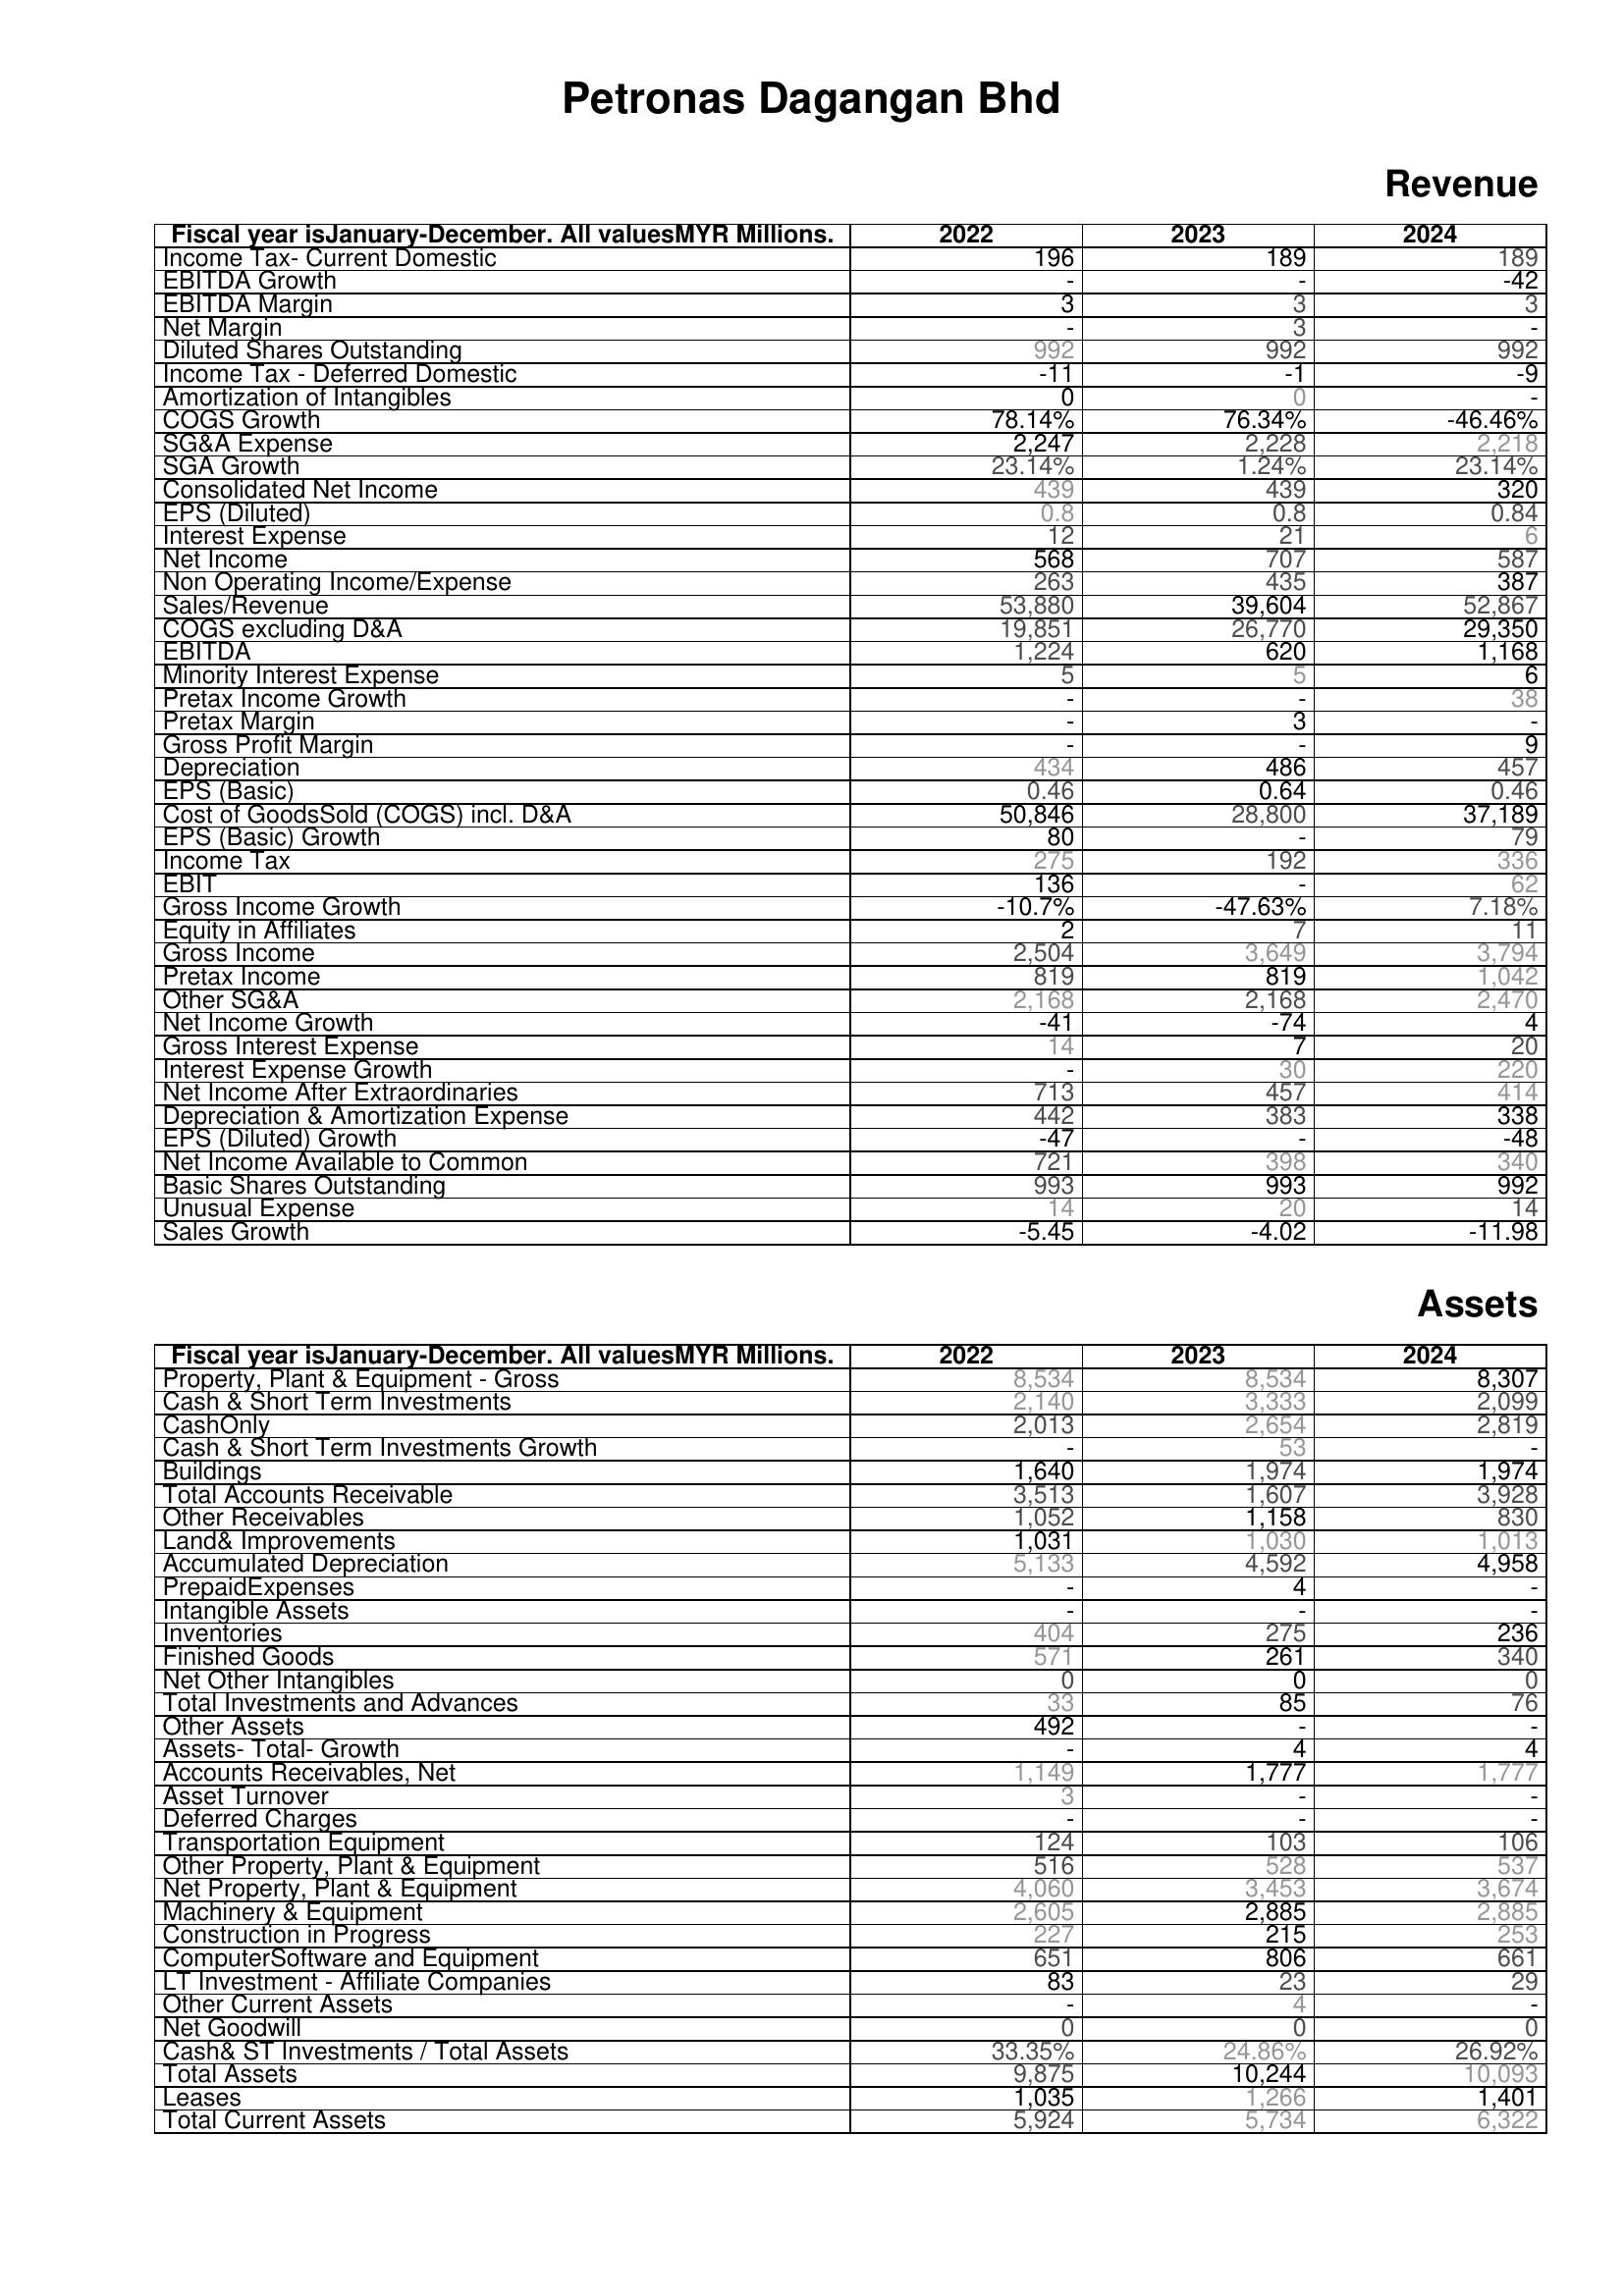
2022: Revenue: Income Tax- Current Domestic: 196
EBITDA Growth: -
EBITDA Margin: 3
Net Margin: -
Diluted Shares Outstanding: 992
Income Tax - Deferred Domestic: -11
Amortization of Intangibles: 0
COGS Growth: 78.14%
SG&A Expense: 2,247
SGA Growth: 23.14%
Consolidated Net Income: 439
EPS (Diluted): 0.8
Interest Expense: 12
Net Income: 568
Non Operating Income/Expense: 263
Sales/Revenue: 53,880
COGS excluding D&A: 19,851
EBITDA: 1,224
Minority Interest Expense: 5
Pretax Income Growth: -
Pretax Margin: -
Gross Profit Margin: -
Depreciation: 434
EPS (Basic): 0.46
Cost of GoodsSold (COGS) incl. D&A: 50,846
EPS (Basic) Growth: 80
Income Tax: 275
EBIT: 136
Gross Income Growth: -10.7%
Equity in Affiliates: 2
Gross Income: 2,504
Pretax Income: 819
Other SG&A: 2,168
Net Income Growth: -41
Gross Interest Expense: 14
Interest Expense Growth: -
Net Income After Extraordinaries: 713
Depreciation & Amortization Expense: 442
EPS (Diluted) Growth: -47
Net Income Available to Common: 721
Basic Shares Outstanding: 993
Unusual Expense: 14
Sales Growth: -5.45
Assets: Property, Plant & Equipment - Gross : 8,534
Cash & Short Term Investments: 2,140
CashOnly: 2,013
Cash & Short Term Investments Growth: -
Buildings: 1,640
Total Accounts Receivable: 3,513
Other Receivables: 1,052
Land& Improvements: 1,031
Accumulated Depreciation: 5,133
PrepaidExpenses: -
Intangible Assets: -
Inventories: 404
Finished Goods: 571
Net Other Intangibles: 0
Total Investments and Advances: 33
Other Assets: 492
Assets- Total- Growth: -
Accounts Receivables, Net: 1,149
Asset Turnover: 3
Deferred Charges: -
Transportation Equipment: 124
Other Property, Plant & Equipment: 516
Net Property, Plant & Equipment: 4,060
Machinery & Equipment: 2,605
Construction in Progress: 227
ComputerSoftware and Equipment: 651
LT Investment - Affiliate Companies: 83
Other Current Assets: -
Net Goodwill: 0
Cash& ST Investments / Total Assets: 33.35%
Total Assets: 9,875
Leases: 1,035
Total Current Assets: 5,924
2023: Revenue: Income Tax- Current Domestic: 189
EBITDA Growth: -
EBITDA Margin: 3
Net Margin: 3
Diluted Shares Outstanding: 992
Income Tax - Deferred Domestic: -1
Amortization of Intangibles: 0
COGS Growth: 76.34%
SG&A Expense: 2,228
SGA Growth: 1.24%
Consolidated Net Income: 439
EPS (Diluted): 0.8
Interest Expense: 21
Net Income: 707
Non Operating Income/Expense: 435
Sales/Revenue: 39,604
COGS excluding D&A: 26,770
EBITDA: 620
Minority Interest Expense: 5
Pretax Income Growth: -
Pretax Margin: 3
Gross Profit Margin: -
Depreciation: 486
EPS (Basic): 0.64
Cost of GoodsSold (COGS) incl. D&A: 28,800
EPS (Basic) Growth: -
Income Tax: 192
EBIT: -
Gross Income Growth: -47.63%
Equity in Affiliates: 7
Gross Income: 3,649
Pretax Income: 819
Other SG&A: 2,168
Net Income Growth: -74
Gross Interest Expense: 7
Interest Expense Growth: 30
Net Income After Extraordinaries: 457
Depreciation & Amortization Expense: 383
EPS (Diluted) Growth: -
Net Income Available to Common: 398
Basic Shares Outstanding: 993
Unusual Expense: 20
Sales Growth: -4.02
Assets: Property, Plant & Equipment - Gross : 8,534
Cash & Short Term Investments: 3,333
CashOnly: 2,654
Cash & Short Term Investments Growth: 53
Buildings: 1,974
Total Accounts Receivable: 1,607
Other Receivables: 1,158
Land& Improvements: 1,030
Accumulated Depreciation: 4,592
PrepaidExpenses: 4
Intangible Assets: -
Inventories: 275
Finished Goods: 261
Net Other Intangibles: 0
Total Investments and Advances: 85
Other Assets: -
Assets- Total- Growth: 4
Accounts Receivables, Net: 1,777
Asset Turnover: -
Deferred Charges: -
Transportation Equipment: 103
Other Property, Plant & Equipment: 528
Net Property, Plant & Equipment: 3,453
Machinery & Equipment: 2,885
Construction in Progress: 215
ComputerSoftware and Equipment: 806
LT Investment - Affiliate Companies: 23
Other Current Assets: 4
Net Goodwill: 0
Cash& ST Investments / Total Assets: 24.86%
Total Assets: 10,244
Leases: 1,266
Total Current Assets: 5,734
2024: Revenue: Income Tax- Current Domestic: 189
EBITDA Growth: -42
EBITDA Margin: 3
Net Margin: -
Diluted Shares Outstanding: 992
Income Tax - Deferred Domestic: -9
Amortization of Intangibles: -
COGS Growth: -46.46%
SG&A Expense: 2,218
SGA Growth: 23.14%
Consolidated Net Income: 320
EPS (Diluted): 0.84
Interest Expense: 6
Net Income: 587
Non Operating Income/Expense: 387
Sales/Revenue: 52,867
COGS excluding D&A: 29,350
EBITDA: 1,168
Minority Interest Expense: 6
Pretax Income Growth: 38
Pretax Margin: -
Gross Profit Margin: 9
Depreciation: 457
EPS (Basic): 0.46
Cost of GoodsSold (COGS) incl. D&A: 37,189
EPS (Basic) Growth: 79
Income Tax: 336
EBIT: 62
Gross Income Growth: 7.18%
Equity in Affiliates: 11
Gross Income: 3,794
Pretax Income: 1,042
Other SG&A: 2,470
Net Income Growth: 4
Gross Interest Expense: 20
Interest Expense Growth: 220
Net Income After Extraordinaries: 414
Depreciation & Amortization Expense: 338
EPS (Diluted) Growth: -48
Net Income Available to Common: 340
Basic Shares Outstanding: 992
Unusual Expense: 14
Sales Growth: -11.98
Assets: Property, Plant & Equipment - Gross : 8,307
Cash & Short Term Investments: 2,099
CashOnly: 2,819
Cash & Short Term Investments Growth: -
Buildings: 1,974
Total Accounts Receivable: 3,928
Other Receivables: 830
Land& Improvements: 1,013
Accumulated Depreciation: 4,958
PrepaidExpenses: -
Intangible Assets: -
Inventories: 236
Finished Goods: 340
Net Other Intangibles: 0
Total Investments and Advances: 76
Other Assets: -
Assets- Total- Growth: 4
Accounts Receivables, Net: 1,777
Asset Turnover: -
Deferred Charges: -
Transportation Equipment: 106
Other Property, Plant & Equipment: 537
Net Property, Plant & Equipment: 3,674
Machinery & Equipment: 2,885
Construction in Progress: 253
ComputerSoftware and Equipment: 661
LT Investment - Affiliate Companies: 29
Other Current Assets: -
Net Goodwill: 0
Cash& ST Investments / Total Assets: 26.92%
Total Assets: 10,093
Leases: 1,401
Total Current Assets: 6,322